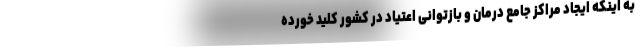
به اینکه ایجاد مراکز جامع درمان و بازتوانی اعتیاد در کشور کلید خورده